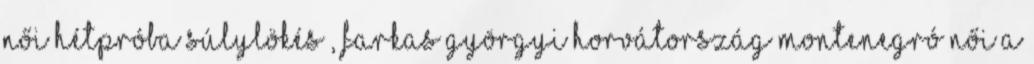
női hétpróba súlylökés , Farkas Györgyi Horvátország–Montenegró női A